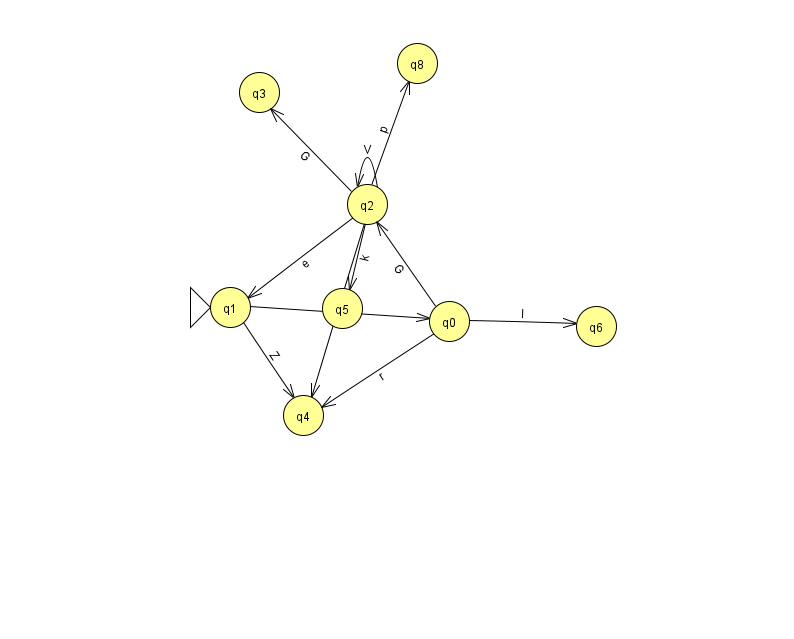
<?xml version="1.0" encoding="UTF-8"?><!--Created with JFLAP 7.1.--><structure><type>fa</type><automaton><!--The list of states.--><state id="0" name="q0"><x>449.0</x><y>308.0</y></state><state id="1" name="q1"><x>230.0</x><y>294.0</y><initial/></state><state id="2" name="q2"><x>367.0</x><y>191.0</y></state><state id="3" name="q3"><x>259.0</x><y>79.0</y></state><state id="4" name="q4"><x>303.0</x><y>402.0</y></state><state id="5" name="q5"><x>342.0</x><y>295.0</y></state><state id="6" name="q6"><x>596.0</x><y>313.0</y></state><state id="8" name="q8"><x>417.0</x><y>50.0</y></state><!--The list of transitions.--><transition><from>1</from><to>4</to><read>Z</read></transition><transition><from>2</from><to>1</to><read>e</read></transition><transition><from>0</from><to>2</to><read>G</read></transition><transition><from>2</from><to>2</to><read>V</read></transition><transition><from>0</from><to>6</to><read>l</read></transition><transition><from>2</from><to>5</to><read>k</read></transition><transition><from>2</from><to>3</to><read>G</read></transition><transition><from>2</from><to>8</to><read>p</read></transition><transition><from>1</from><to>0</to><read>k</read></transition><transition><from>2</from><to>4</to><read>r</read></transition><transition><from>0</from><to>4</to><read>r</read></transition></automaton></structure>